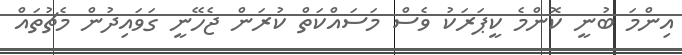
އިންމަ ބުނީ ކޮންމެ ކީޕަރަކު ވެސް މަސައްކަތް ކުރަން ޖެހޭނީ ގަވައިދުން މެޗުތައް